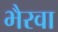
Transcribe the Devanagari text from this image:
भैरवा